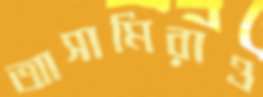
আসামিরাও